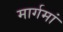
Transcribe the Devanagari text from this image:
मार्गमां